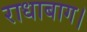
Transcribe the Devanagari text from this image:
राधाबाग।